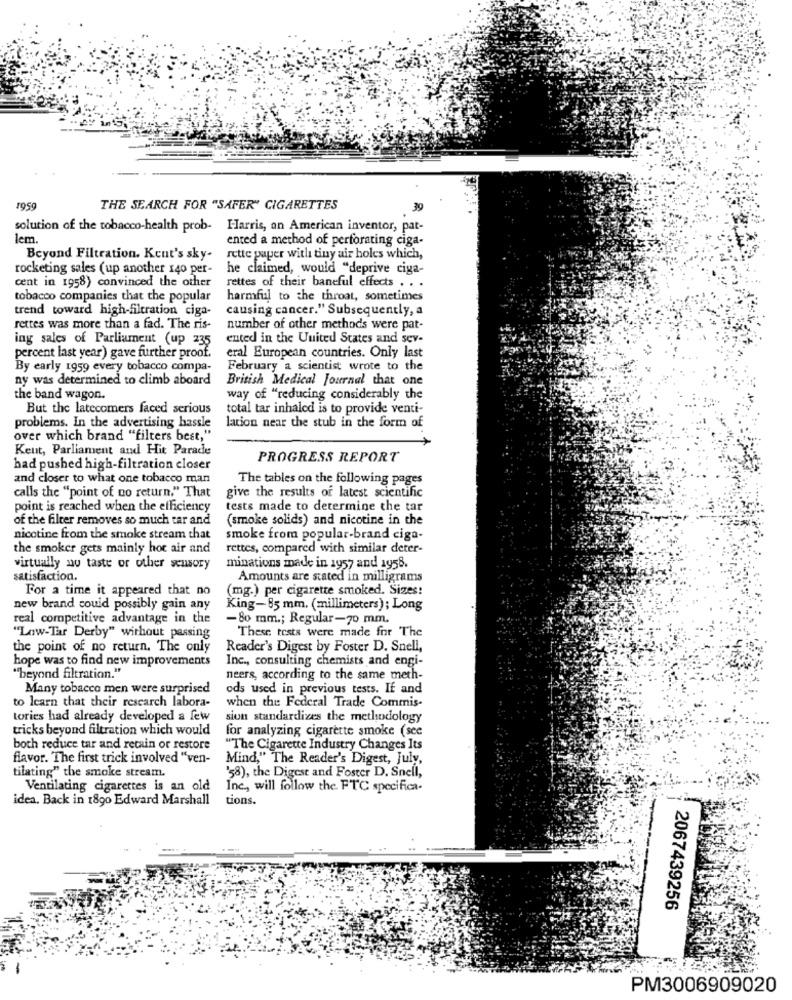
1959
THE SEARCH FOR "SAFER" CIGARETTES
39
solution of the tobacco-health prob- Harris, an American inventor, pat-
lem.
ented a method of perforating ciga-
Beyond Filtration. Kent's sky-
rette paper with tiny air holes which,
rocketing sales ( up another 140 per-
he claimed, would "deprive ciga-
cent in 1958) convinced the other
rettes of their baneful effects . . .
tobacco companies that the popular
harmful to the throat, sometimes
trend toward high-filtration ciga-
causing cancer." Subsequently, a
rettes was more than a fad. The ris-
number of other methods were pat-
ing sales of Parliament (up 235
ented in the United States and sev-
percent last year) gave further proof.
eral European countries. Only last
By early 1959 every tobacco compa-
February a scientist wrote to the
ny was determined to climb aboard
British Medical Journal that one
the band wagon.
way of "reducing considerably the
But the latecomers faced serious
total tar inhaled is to provide venti-
problems. In the advertising hassle
lation near the stub in the form of
over which brand "filters best,"
Kent, Parliament and Hit Parade
PROGRESS REPORT
had pushed high-filtration closer
and closer to what one tobacco man
The tables on the following pages
calls the "point of no return," That
give the results of latest scientific
point is reached when the efficiency
tests made to determine the tar
of the filter removes so much car and
(smoke solids) and nicotine in the
nicotine from the smoke stream that
smoke from popular-brand ciga-
the smoker gets mainly hot air and
rettes, compared with similar deter-
virtually nu taste or other scusory
minations made in 1957 and 1958.
satisfaction.
Amounts are stated in milligrams
For a time it appeared that no
(mg.) per cigarette smoked. Sizes!
new brand could possibly gain any
King-85 mm. (millimeters); Long
real competitive advantage in the
-80 mm .; Regular-70 mm.
These tests were made for The
"Low-Tar Derby" without passing
the point of no return. The only
Reader's Digest by Foster D. Snell,
hope was to find new improvements
Inc ., consulting chemists and engi-
"beyond filtration."
neers, according to the same meth-
Many tobacco men were surprised
ods used in previous tests. If and
to learn that their research labora-
when the Federal Trade Commis-
tories had already developed a few
sion standardizes the methodology
tricks beyond filtration which would
for analyzing cigarette smoke (see
both reduce tar and retain or restore
"The Cigarette Industry Changes Its
flavor. The first trick involved "ven-
Mind," The Reader's Digest, July,
'58), the Digest and Foster D. Snell,
tilating" the smoke stream.
Ventilating cigarettes is an old
Inc ., will follow the. FTC specifica-
idea. Back in 1890 Edward Marshall
tions.
2067439256
PM3006909020